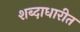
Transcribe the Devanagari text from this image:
शब्दाधारीत